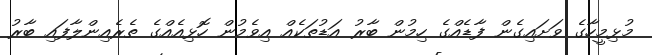
މުޅިމީހާގެ ވަށައިގެން ފާޑެއްގެ ހިމުން ބާރު އަޑުތަކެއް އިވެމުން ހޮޅިއެއްގެ ތެރެއިންލާފައި ބާރު